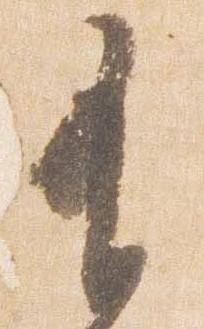
有